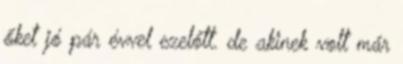
őket jó pár évvel ezelőtt. de akinek volt már